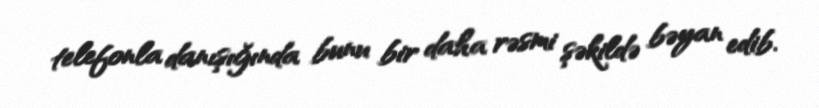
telefonla danışığında bunu bir daha rəsmi şəkildə bəyan edib.